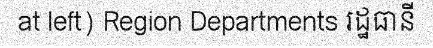
at left) Region Departments រដ្ឋធានី